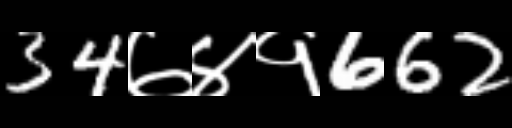
Text: 34७४१662